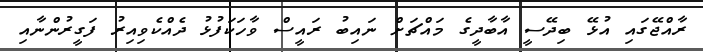
ރާއްޖޭގައި އުޅޭ ބިދޭސީ އާބާދީގެ މައްޗަށް ނައިބު ރައީސް ވާހަކަފުޅު ދެއްކެވިއިރު ފަގީރުންނާއި